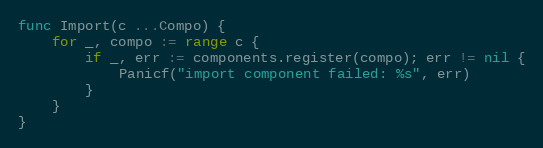
Language: Go
func Import(c ...Compo) {
	for _, compo := range c {
		if _, err := components.register(compo); err != nil {
			Panicf("import component failed: %s", err)
		}
	}
}